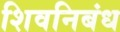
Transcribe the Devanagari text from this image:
शिवनिबंध